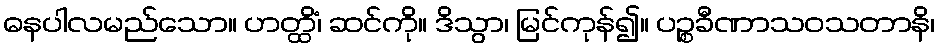
ဓနပါလမည်သော။ ဟတ္ထိံ၊ ဆင်ကို။ ဒိသွာ၊ မြင်ကုန်၍။ ပဉ္စခီဏာသဝသတာနိ၊